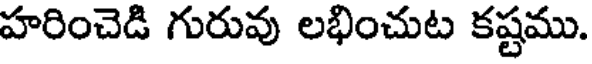
హరించెడి గురువు లభించుట కష్టము.